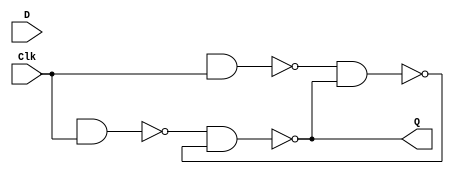
module part3_lab2(Clk, D, Q);
input Clk, D; 
output Q;
wire R_g, S_g, Qa, Qb /* synthesis keep */ ;
nand (R_g, R, Clk); 
nand (S_g, S, Clk);
nand (Qa, R_g, Qb); 
nand (Qb, S_g, Qa);

assign Q = Qa;
endmodule